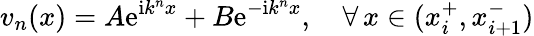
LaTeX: v_{n}(x)=A\mathrm{e}^{\mathrm{i}k^{n}x}+B\mathrm{e}^{-\mathrm{i}k^{n}x},\quad\forall\, x\in(x_{i}^{+},x_{i+1}^{-})